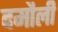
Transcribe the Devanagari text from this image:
दमाैली